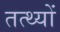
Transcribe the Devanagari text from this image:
तत्थ्यों